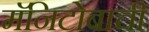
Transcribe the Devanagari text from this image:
मॅनिटोबाची